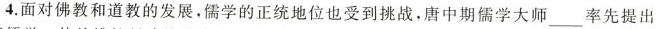
4.面对佛教和道教的发展，儒学的正统地位也受到挑战，唐中期儒学大师率先提出